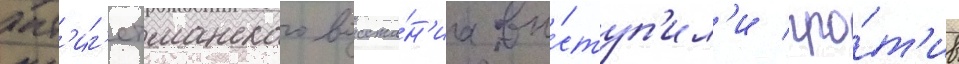
ант'иг'етманского восста́н'иа вы́ступ'ил'и про́т'ив